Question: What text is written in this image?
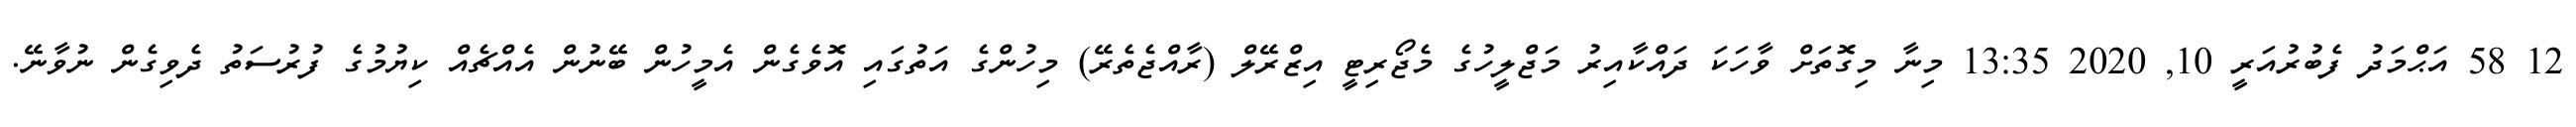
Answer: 12 58 އަޙްމަދު ފެބުރުއަރީ 10, 2020 13:35 މިނާ މިގޮތަށް ވާހަކަ ދައްކާއިރު މަޖްލީހުގެ މެޖޯރިޓީ އިޒްރޭލް (ރާއްޖެތެރޭ) މިހުންގެ އަތުގައި އޮވެގެން އެމީހުން ބޭނުން އެއްޗެއް ކިޔުމުގެ ފުރުސަތު ދެވިގެން ނުވާނޭ.